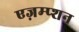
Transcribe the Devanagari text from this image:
एज़म्प्शन